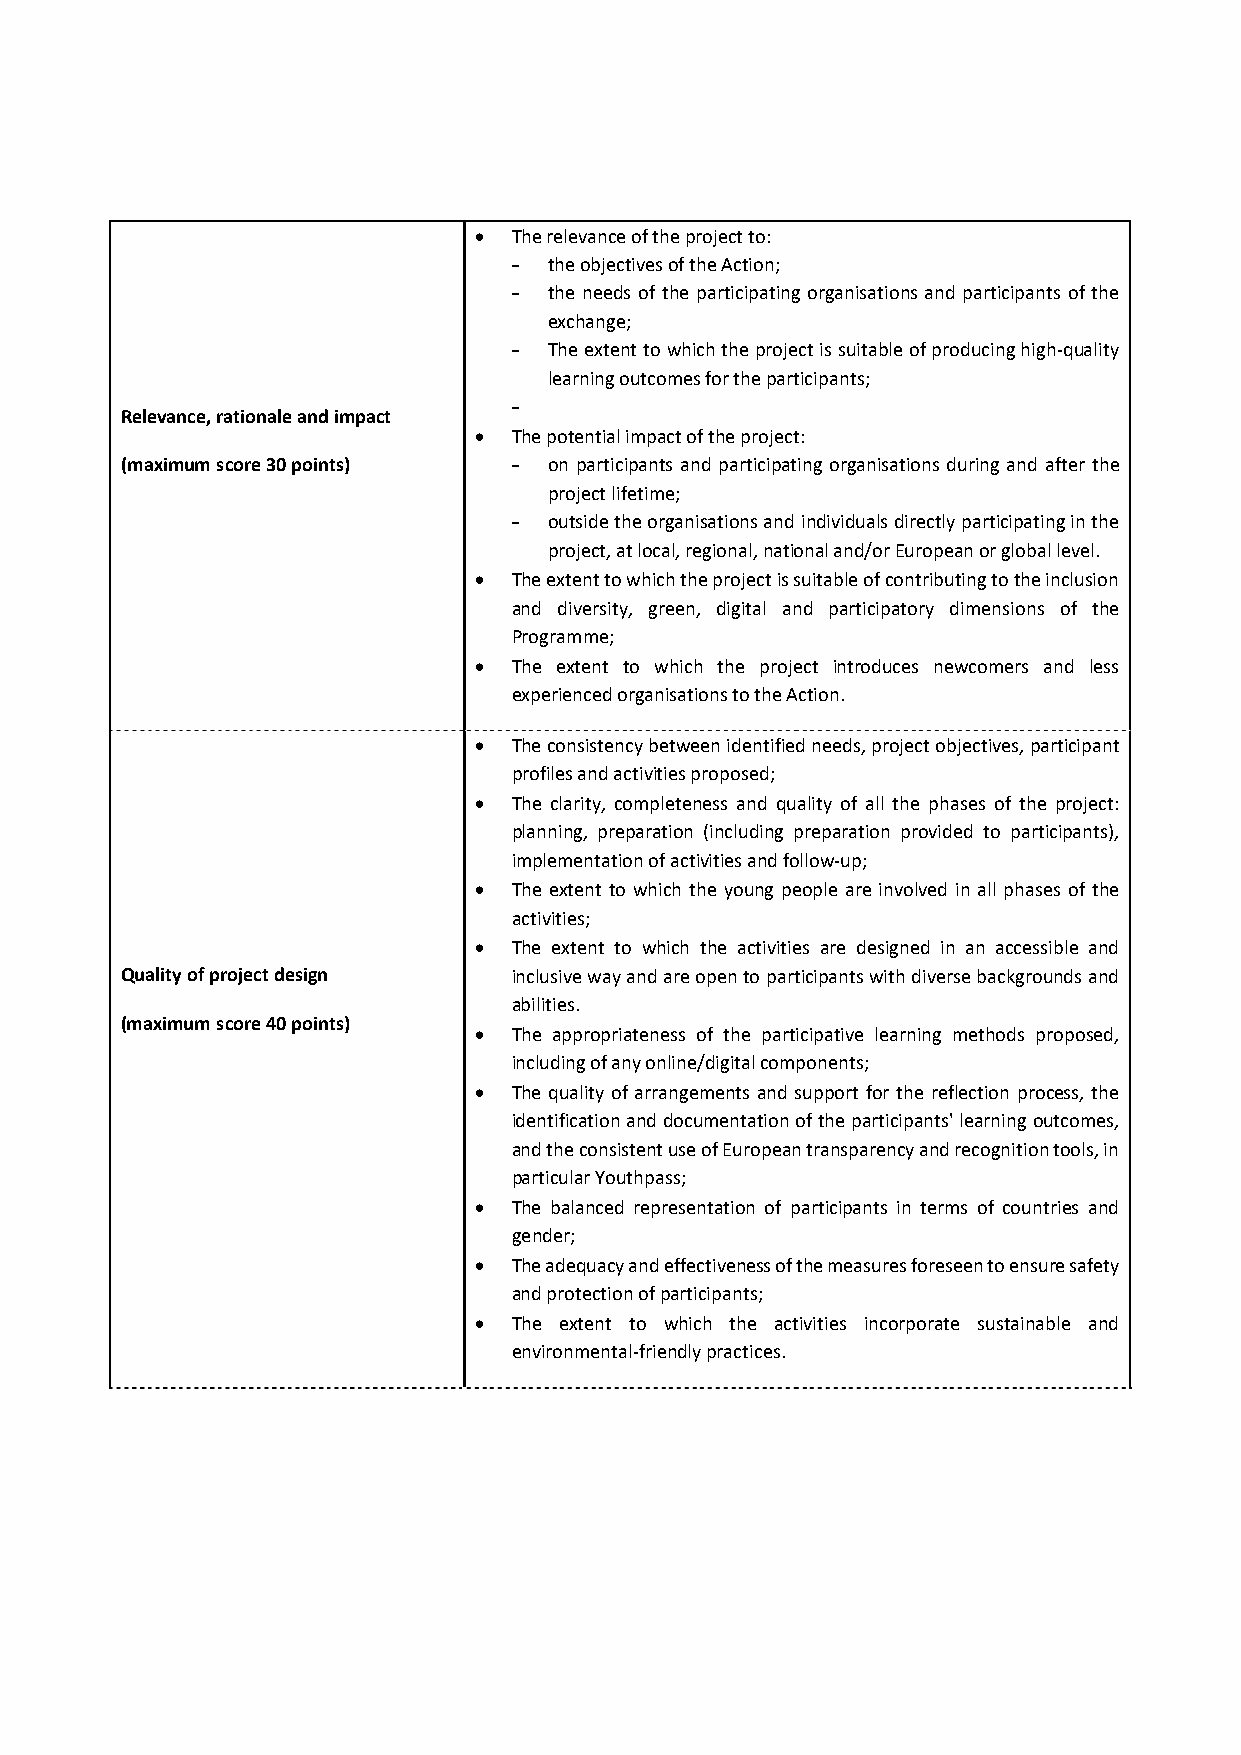
  The relevance of the project to:
 – the objectives of the Action;
 – the needs of the participating organisations and participants of the
 exchange;
 – The extent to which the project is suitable of producing high‐quality
 learning outcomes for the participants;
 –
 Relevance, rationale and impact
   The potential impact of the project:
 (maximum score 30 points) – on participants and participating organisations during and after the
 project lifetime;
 – outside the organisations and individuals directly participating in the
 project, at local, regional, national and/or European or global level.
   The extent to which the project is suitable of contributing to the inclusion
 and diversity, green, digital and participatory dimensions of the
 Programme;
   The extent to which the project introduces newcomers and less
 experienced organisations to the Action.
   The consistency between identified needs, project objectives, participant
 profiles and activities proposed;
   The clarity, completeness and quality of all the phases of the project:
 planning, preparation (including preparation provided to participants),
 implementation of activities and follow‐up;
   The extent to which the young people are involved in all phases of the
 activities;
   The extent to which the activities are designed in an accessible and
 Quality of project design inclusive way and are open to participants with diverse backgrounds and
 abilities.
 (maximum score 40 points)
   The appropriateness of the participative learning methods proposed,
 including of any online/digital components;
   The quality of arrangements and support for the reflection process, the
 identification and documentation of the participants' learning outcomes,
 and the consistent use of European transparency and recognition tools, in
 particular Youthpass;
   The balanced representation of participants in terms of countries and
 gender;
   The adequacy and effectiveness of the measures foreseen to ensure safety
 and protection of participants;
   The extent to which the activities incorporate sustainable and
 environmental‐friendly practices.